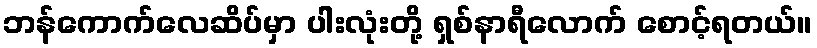
ဘန်ကောက်လေဆိပ်မှာ ပါးလုံးတို့ ရှစ်နာရီလောက် စောင့်ရတယ်။